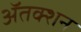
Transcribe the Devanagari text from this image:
ॲतक्शन